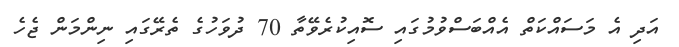
އަދި އެ މަސައްކަތް އެއްބަސްވުމުގައި ސޮއިކުރެވޭތާ 70 ދުވަހުގެ ތެރޭގައި ނިންމަން ޖެހެ